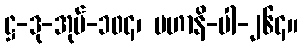
ဋ္ဌ-ဒု-အုပ်-၁၀၄၊ မဟာနိ-ပါ-၂၆၄။